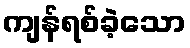
ကျန်ရစ်ခဲ့သော